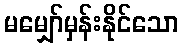
မမျှော်မှန်းနိုင်သော